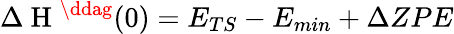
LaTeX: \Delta\mathrm{~H~}^{\ddag}(0)=E_{TS}-E_{min}+\Delta ZPE